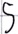
Text: S